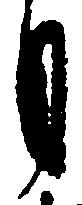
月